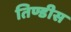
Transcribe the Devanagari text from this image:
तिण्डीस